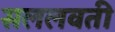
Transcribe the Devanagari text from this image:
सललवती